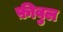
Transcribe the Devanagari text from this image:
फ़ीबुल